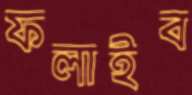
ফলাইব